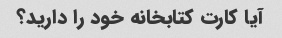
آیا کارت کتابخانه خود را دارید؟